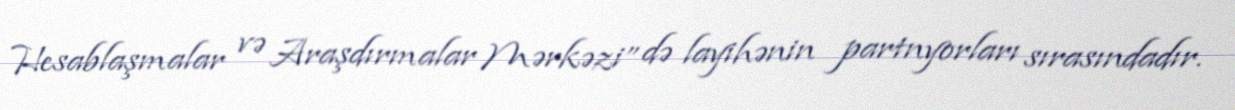
Hesablaşmalar və Araşdırmalar Mərkəzi” də layihənin partnyorları sırasındadır.